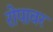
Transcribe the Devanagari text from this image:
रोपावर